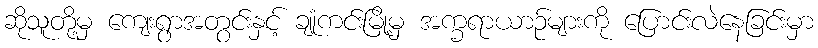
ဆိုသူတို့မှ ကျေးရွာအတွင်းနှင့် ချုံကင်းမြို့မှ အက္ခရာယာဉ်များကို ပြောင်းလဲနေခြင်းမှာ